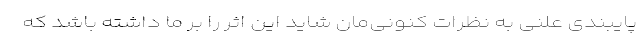
پایبندی علنی به نظرات کنونی‌مان شاید این اثر را بر ما داشته باشد که